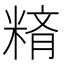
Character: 𥺪